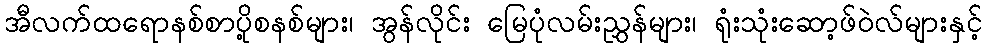
အီလက်ထရောနစ်စာပို့စနစ်များ၊ အွန်လိုင်း မြေပုံလမ်းညွှန်များ၊ ရုံးသုံးဆော့ဖ်ဝဲလ်များနှင့်